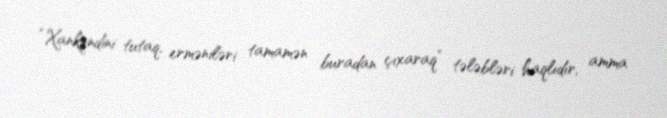
“Xankəndini tutaq, erməniləri tamamən buradan çıxaraq” tələbləri haqlıdır, amma